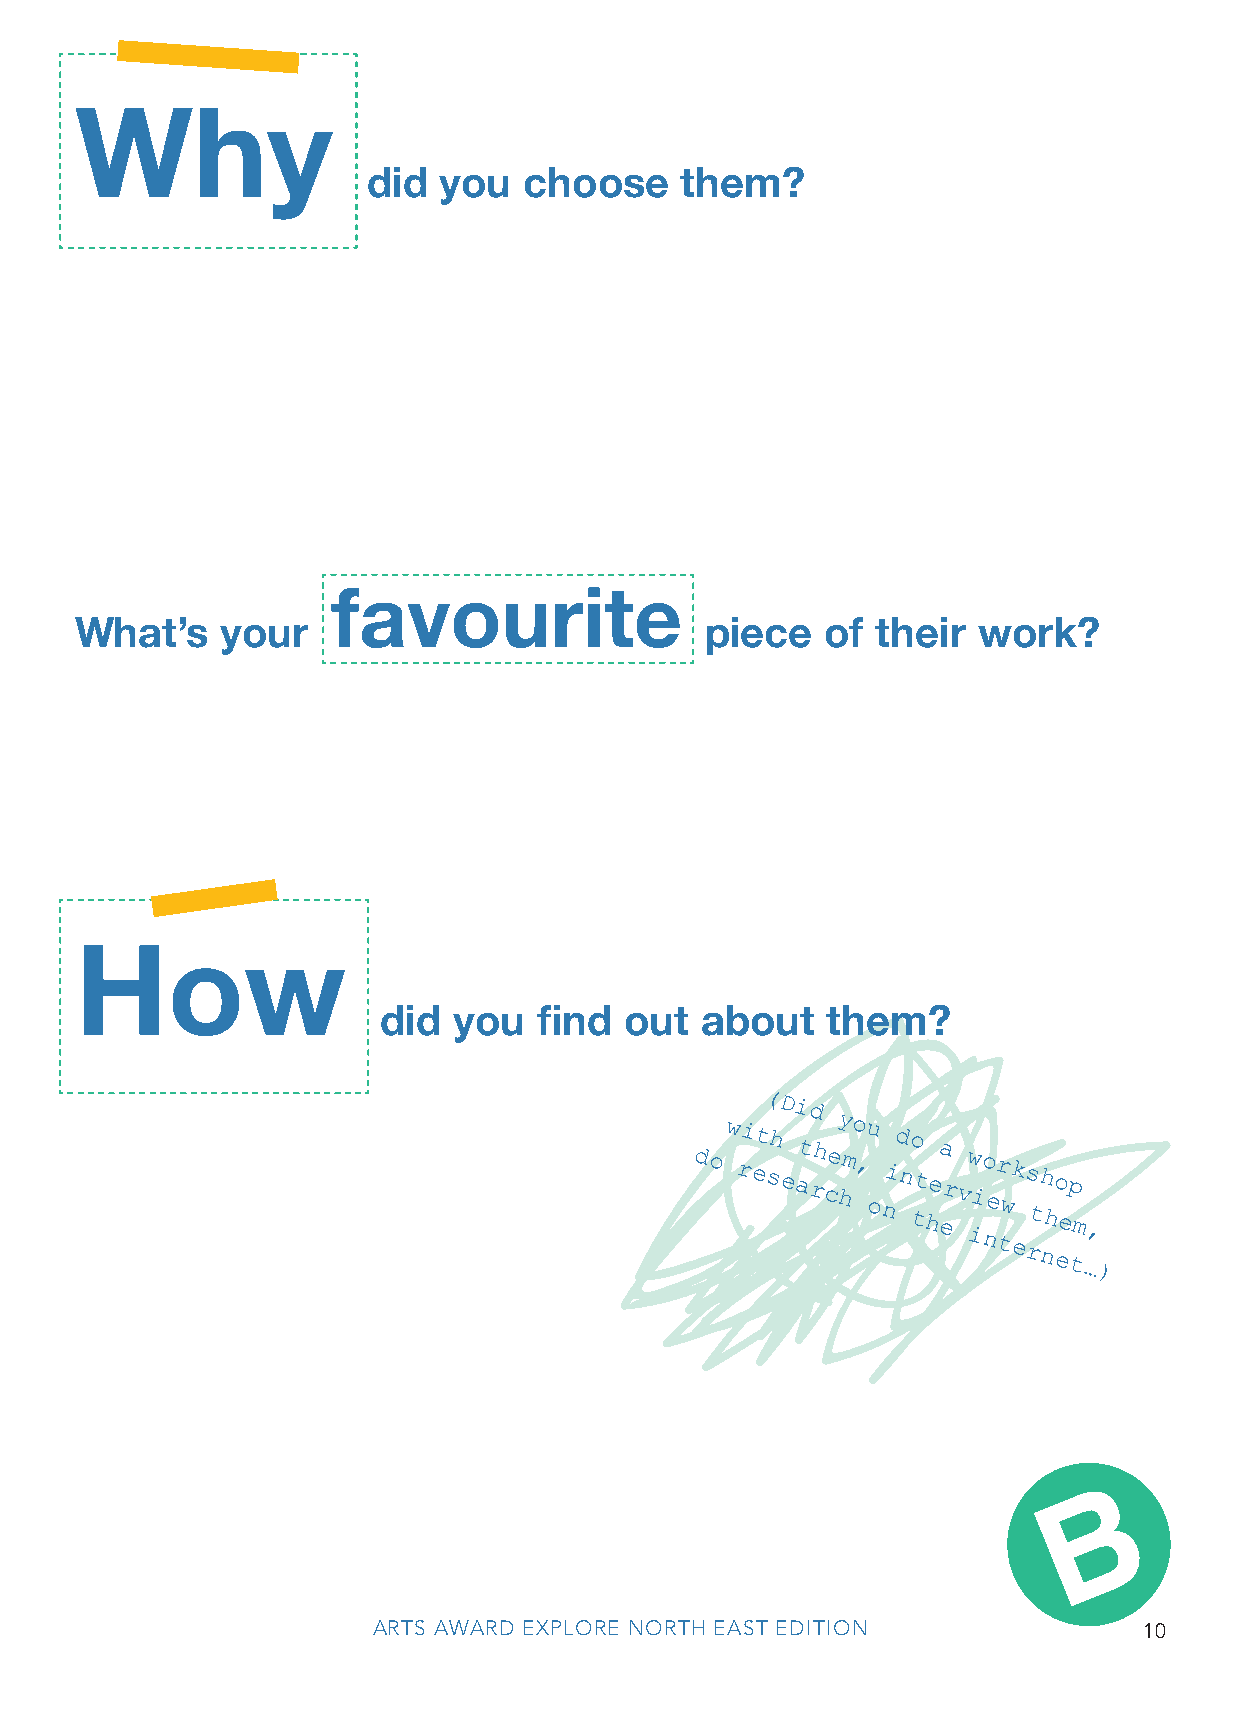
Why
 did  you   choose    them?
 favourite
 What’s    your                            piece   of their  work?
 How
 did  you   find out  about    them?
 do
 w ri
 et( shD
 e
 i atd
 rh
 cey hmo ,u
 o
 nid no
 tt hea er vw iio ner twk
 e
 s rth nho eep
 tm …,
 )
 B
 ARTS AWARD EXPLORE NORTH EAST EDITION              10